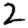
Digit: 2